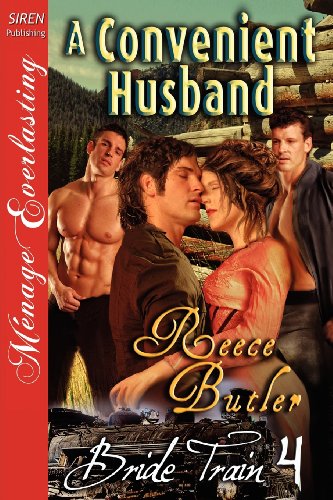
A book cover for A Convenient Husband [Bride Train 4] (Siren Publishing Menage Everlasting); Reece Butler; Romance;